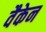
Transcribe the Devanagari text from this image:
वैकेन